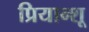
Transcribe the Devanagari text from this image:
प्रियान्शू